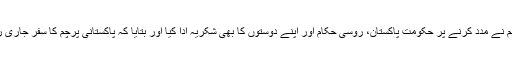
فخر عالم نے مدد کرنے پر حکومتِ پاکستان، روسی حکام اور اپنے دوستوں کا بھی شکریہ ادا کیا اور بتایا کہ پاکستانی پرچم کا سفر جاری رہے گا۔